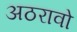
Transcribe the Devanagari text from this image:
अठरावो